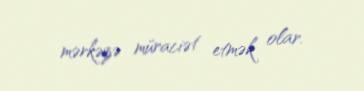
mərkəzə müraciət etmək olar.